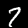
Label: 7